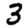
Digit: 3